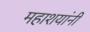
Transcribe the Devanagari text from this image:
महाशयांनी